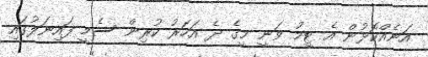
އަނެއްކޮޅުން އެ ޓީމު ވަނީ މީގެ ދެ އަހަރު ކުރިން ސެމީ ފައިނަލުގައި